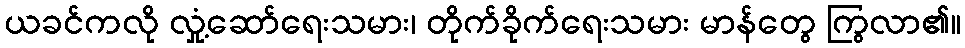
ယခင်ကလို လှုံ့ဆော်ရေးသမား၊ တိုက်ခိုက်ရေးသမား မာန်တွေ ကြွလာ၏။